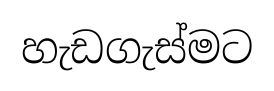
හැඩගැස්මට